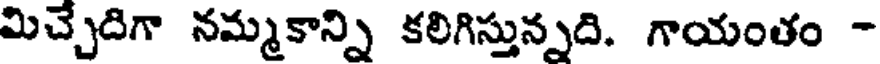
మిచ్చేదిగా నమ్మకాన్ని కలిగిస్తున్నది. గాయంతం -